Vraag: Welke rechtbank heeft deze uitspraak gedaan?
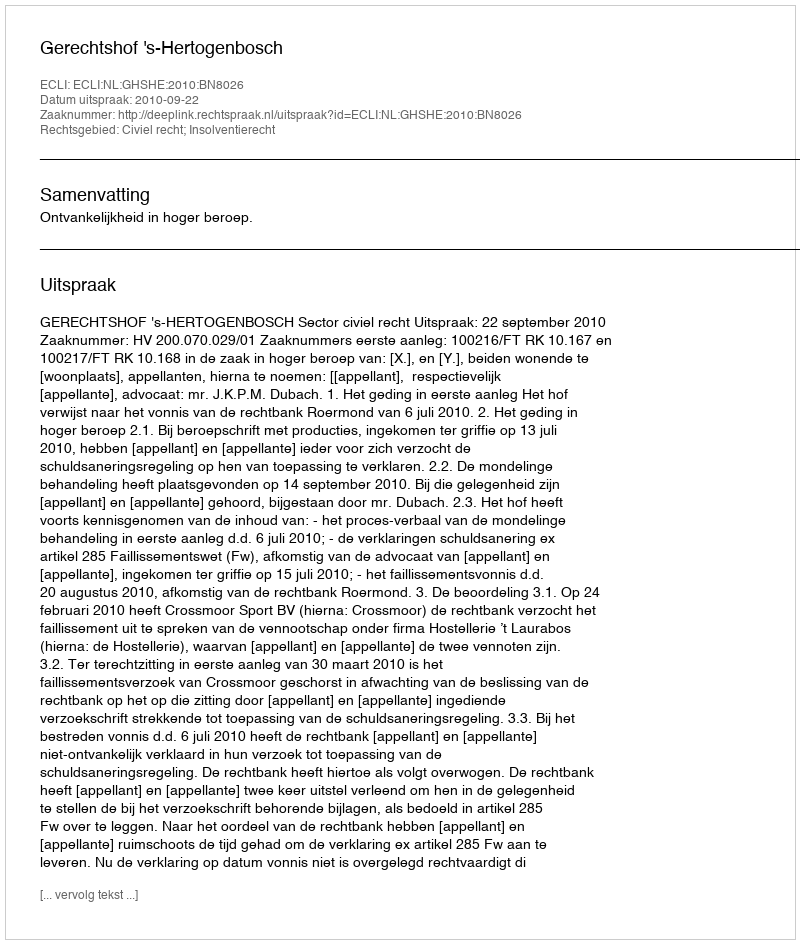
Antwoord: Gerechtshof 's-Hertogenbosch